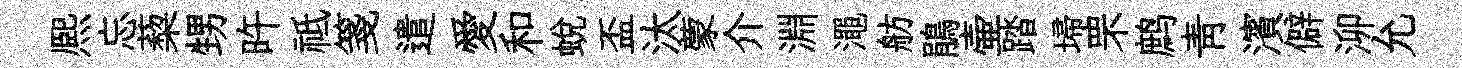
熈忘蔾甥旿祗箋遣愛和蛻盃汰蒙介淵澠舫鵑壷踏埽罘鹧靑濱僻泖允